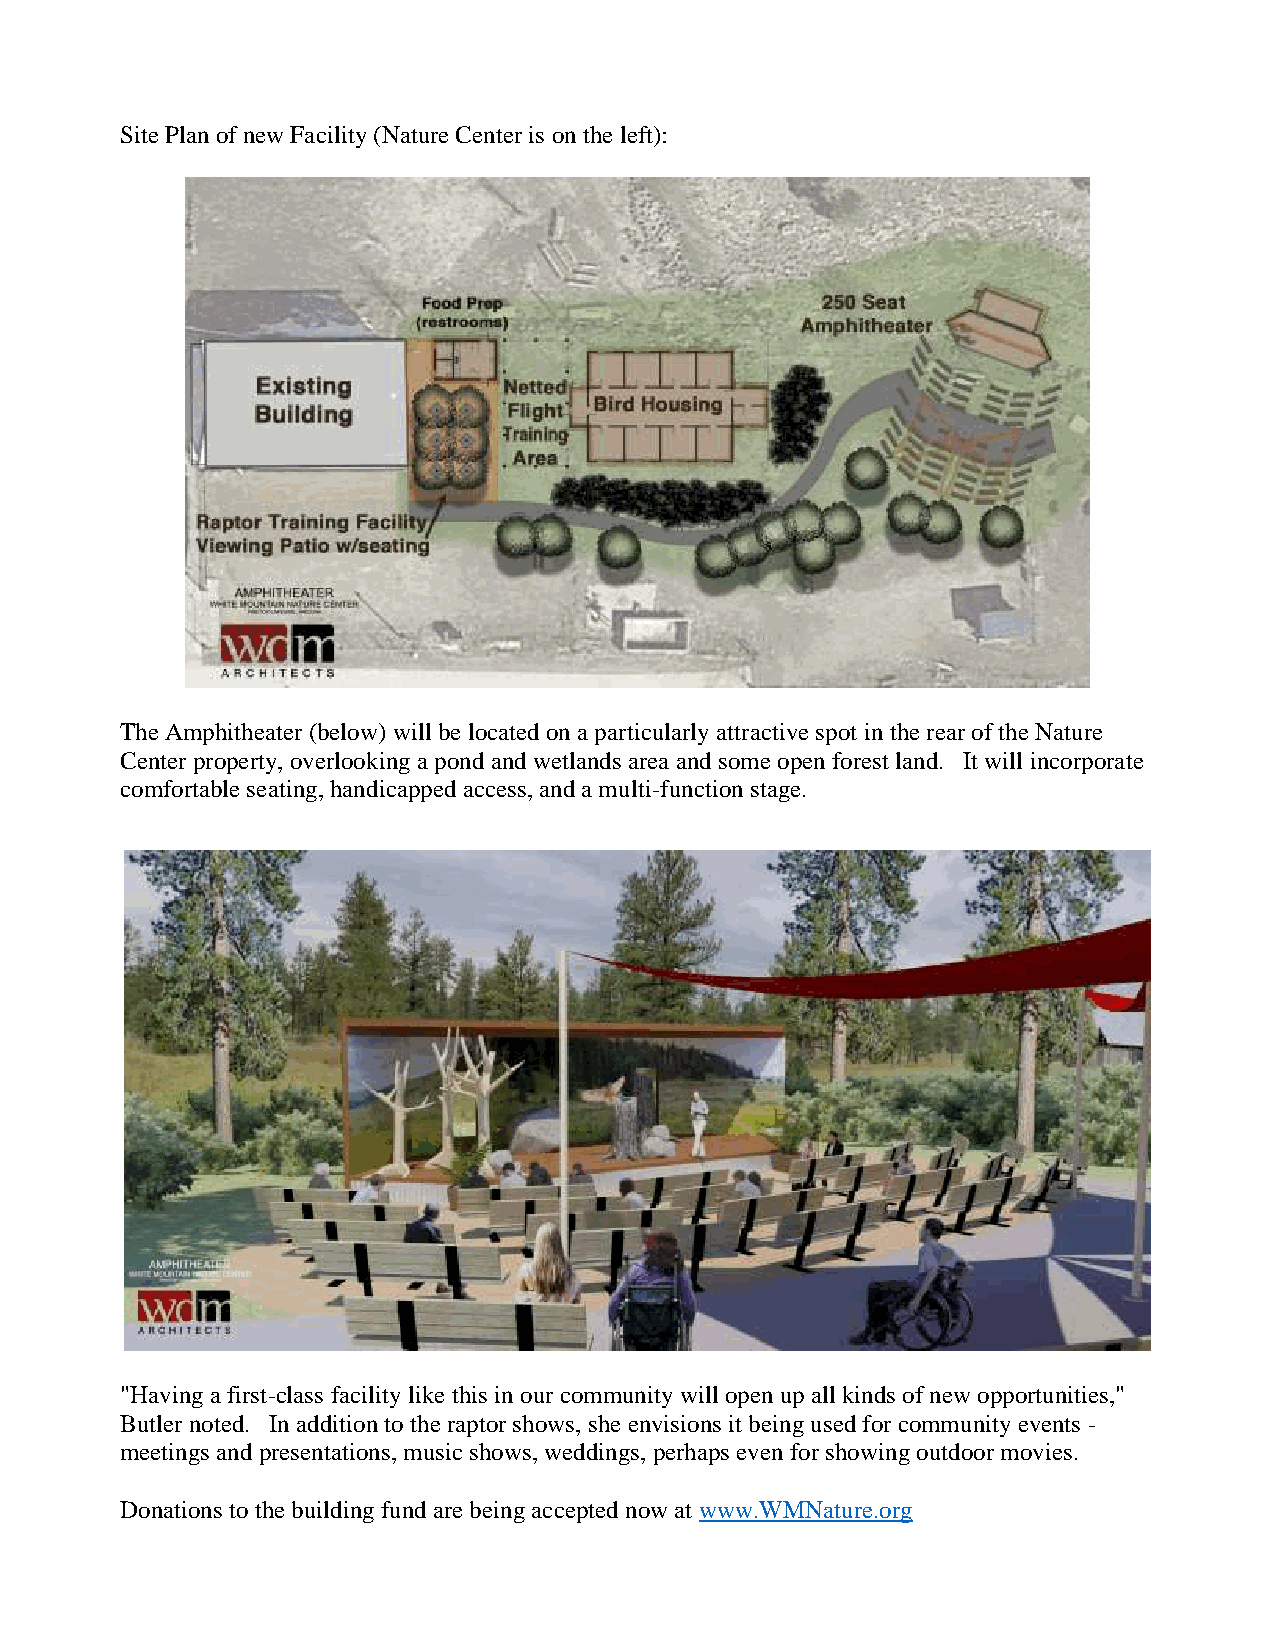
Site Plan of new Facility (Nature Center is on the left):
 The Amphitheater (below) will be located on a particularly attractive spot in the rear of the Nature
 Center property, overlooking a pond and wetlands area and some open forest land. It will incorporate
 comfortable seating, handicapped access, and a multi-function stage.
 "Having a first-class facility like this in our community will open up all kinds of new opportunities,"
 Butler noted. In addition to the raptor shows, she envisions it being used for community events -
 meetings and presentations, music shows, weddings, perhaps even for showing outdoor movies.
 Donations to the building fund are being accepted now at www.WMNature.org